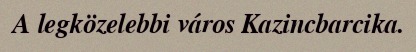
A legközelebbi város Kazincbarcika.